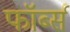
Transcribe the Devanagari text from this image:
फॉर्ब्स